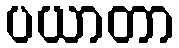
ပယာတာ